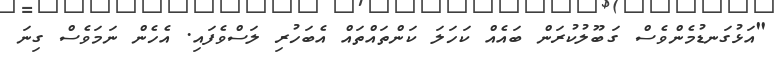
"އަޅުގަނޑުމެންވެސް ގަބޫލުކުރަން ބައެއް ކަހަލަ ކަންތައްތައް އެބަހުރި ލަސްވެފައި. އެހެން ނަމަވެސް ގިނަ